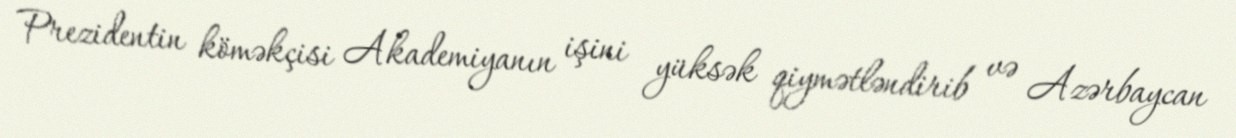
Prezidentin köməkçisi Akademiyanın işini yüksək qiymətləndirib və Azərbaycan